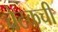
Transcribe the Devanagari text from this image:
चेटकची